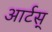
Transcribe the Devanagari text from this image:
आर्टस्‌